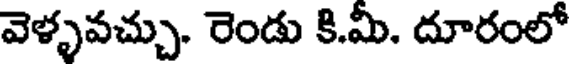
వెళ్ళవచ్చు. రెండు కి.మీ. దూరంలో